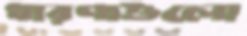
ধারণাগুলো